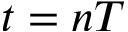
t = n T